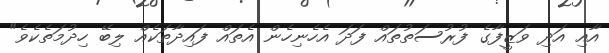
އާއި އަދި ވަޒީފާގެ ފުރުސަތުތައް ފަދަ އެހެނިހެން އެތައް ފައިދާތަކެއް ލިބޭ ހިދުމަތެކެވެ"